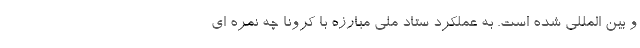
و بین المللی شده است. به عملکرد ستاد ملی مبارزه با کرونا چه نمره ای